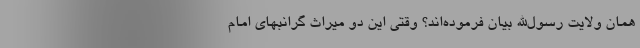
همان ولایت رسول‌الله بیان فرموده‌اند؟ وقتی این دو میراث گرانبهای امام